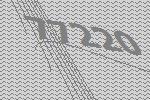
77220